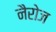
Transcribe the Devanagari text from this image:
नैरोज